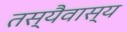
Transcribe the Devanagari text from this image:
तस्यैवास्य